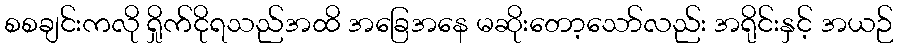
စစချင်းကလို ရှိုက်ငိုရသည်အထိ အခြေအနေ မဆိုးတော့သော်လည်း အရိုင်းနှင့် အယဉ်